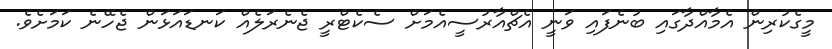
މީގެކުރިން އެމާއްދާގައި ބުނެފައި ވަނީ އެޗްއާރުސީއެމަށް ސެކެޓްރީ ޖެނެރަލެއް ކަނޑައަޅަން ޖެހޭނެ ކަމަށެވެ.